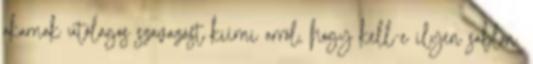
akarnak utólagos szavazást kiírni arról, hogy kell-e ilyen sablon.